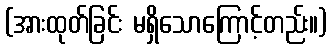
(အားထုတ်ခြင်း မရှိသောကြောင့်တည်း။)